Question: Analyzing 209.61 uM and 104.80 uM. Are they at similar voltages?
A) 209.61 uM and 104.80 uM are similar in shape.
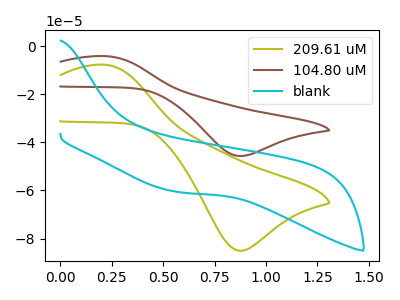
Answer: <think>The olive curve "209.61 uM" has an anodic peak at (0.20V, -7.75uA) and a cathodic peak at (0.85V, -85.00uA). The brown curve "104.80 uM" has an anodic peak at (0.20V, -4.15uA) and a cathodic peak at (0.85V, -45.65uA). The cyan curve "blank" has no peaks.
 All the peaks in "209.61 uM" have a peak in "104.80 uM" at the same potential.</think>
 <answer>A) "209.61 uM" and "104.80 uM" are similar in shape.</answer>
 <eval>A</eval>